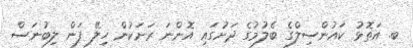
ބ. އަތޮޅު ކައުންސިލްގެ ބެލުމުގެ ދަށުގައި އޮންނަ ރަށަކުން ހިލޭ ފަން ލިބުނަސް